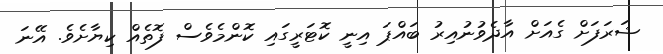
ޝަރަފަށް ގެއަށް އާދެވުނުއިރު ބައްޕަ އިނީ ކޮޓަރީގައި ކޮންމެވެސް ފޮތެއް ކިޔާށެވެ. އޭނަ